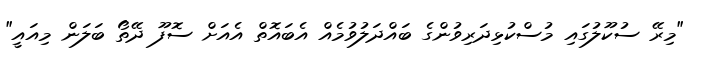
"މިރޭ ސުކޫލުގައި މުސްކުޅިދަރިވުންގެ ބައްދަލުވުމެއް އެބައޮތް އެއަށް ސޮފޫ ދޭތޯ ބަލަން މިއައީ"